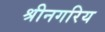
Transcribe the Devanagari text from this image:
श्रीनगरिय